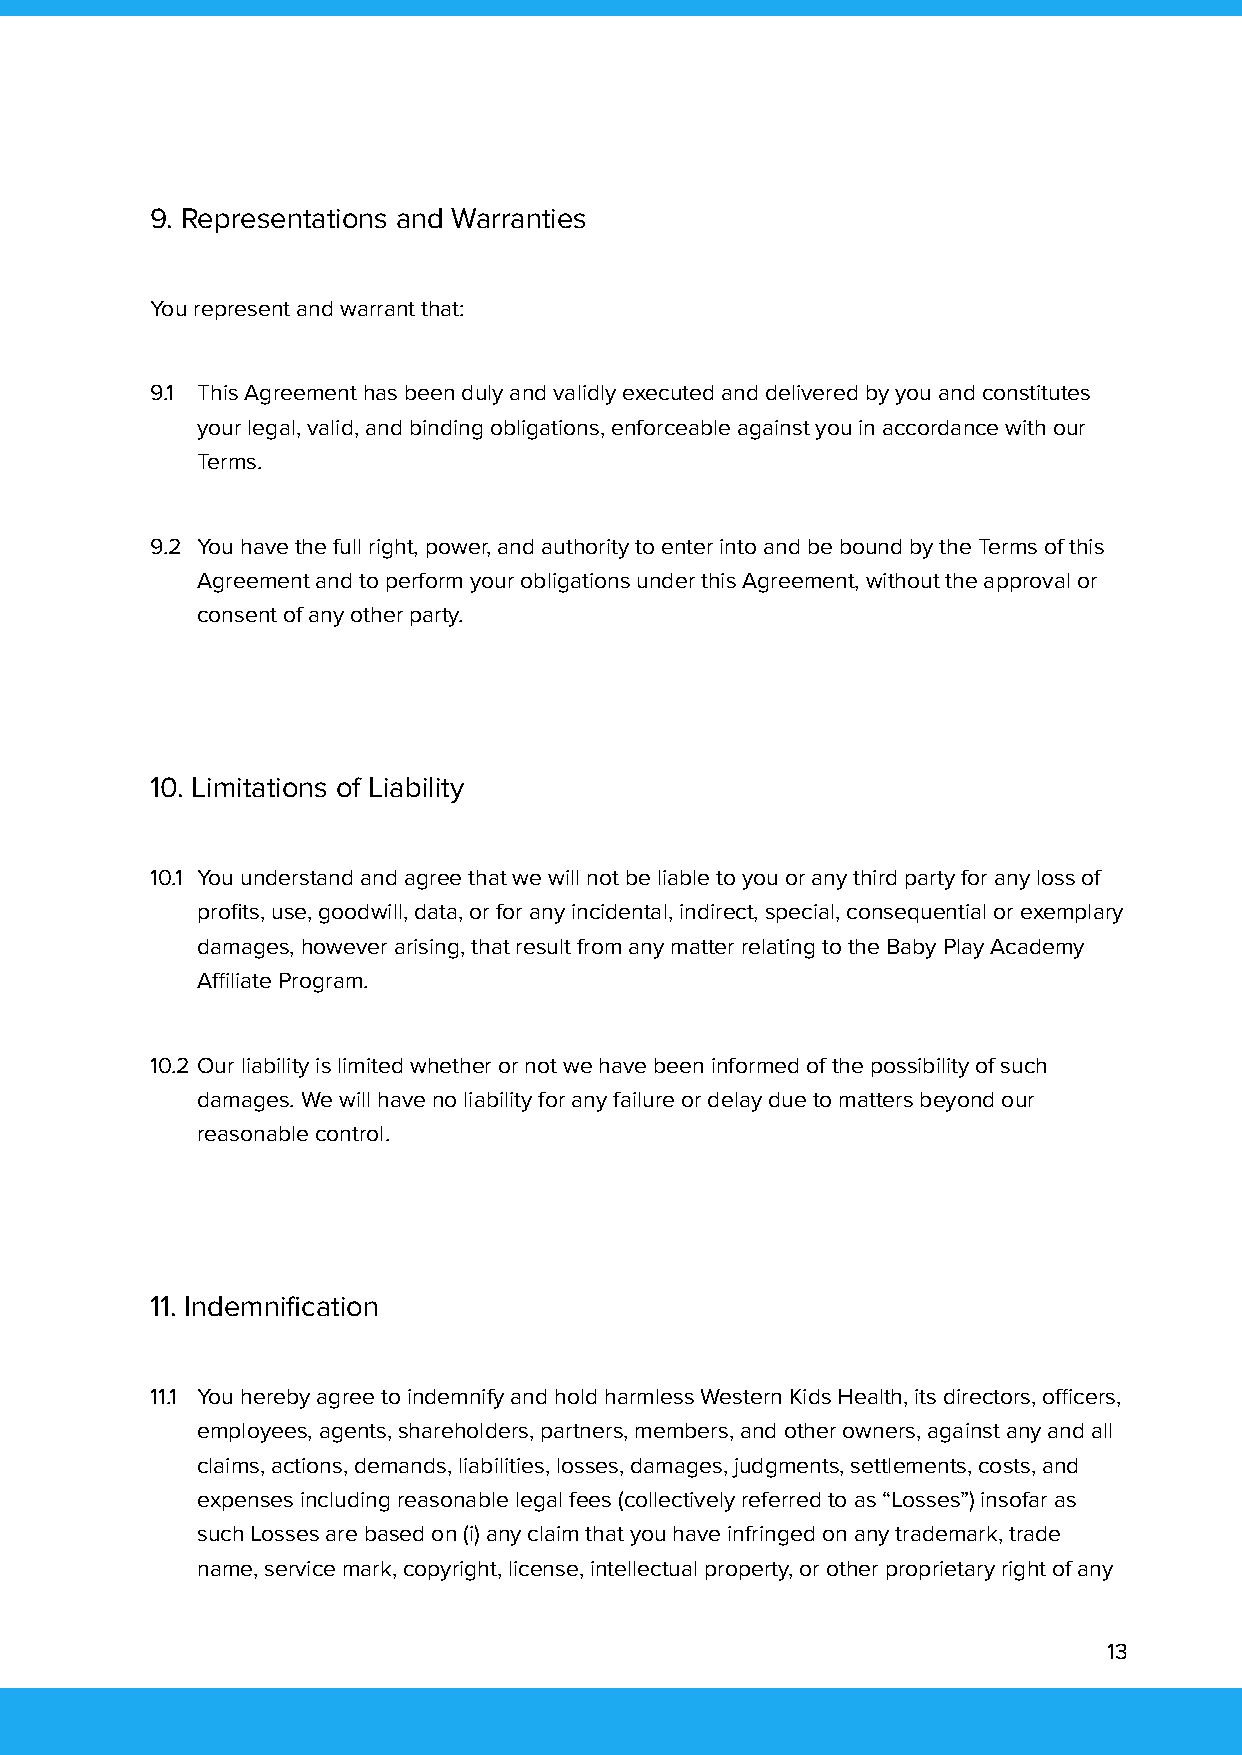
9. Representations and Warranties
 You represent and warrant that:
 9.1 This Agreement has been duly and validly executed and delivered by you and constitutes
 your legal, valid, and binding obligations, enforceable against you in accordance with our
 Terms.
 9.2 You have the full right, power, and authority to enter into and be bound by the Terms of this
 Agreement and to perform your obligations under this Agreement, without the approval or
 consent of any other party.
 10. Limitations of Liability
 10.1 You understand and agree that we will not be liable to you or any third party for any loss of
 profits, use, goodwill, data, or for any incidental, indirect, special, consequential or exemplary
 damages, however arising, that result from any matter relating to the Baby Play Academy
 Affiliate Program.
 10.2 Our liability is limited whether or not we have been informed of the possibility of such
 damages. We will have no liability for any failure or delay due to matters beyond our
 reasonable control.
 11. Indemnification
 11.1 You hereby agree to indemnify and hold harmless Western Kids Health, its directors, officers,
 employees, agents, shareholders, partners, members, and other owners, against any and all
 claims, actions, demands, liabilities, losses, damages, judgments, settlements, costs, and
 expenses including reasonable legal fees (collectively referred to as “Losses”) insofar as
 such Losses are based on (i) any claim that you have infringed on any trademark, trade
 name, service mark, copyright, license, intellectual property, or other proprietary right of any
 13